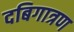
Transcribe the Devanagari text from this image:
दबिगात्रण